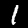
Digit: 1